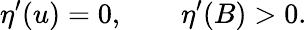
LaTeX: \eta^{\prime}(u)=0,\qquad\eta^{\prime}(B)>0.